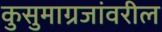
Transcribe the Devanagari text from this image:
कुसुमाग्रजांवरील